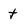
Character: t